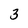
Character: 3